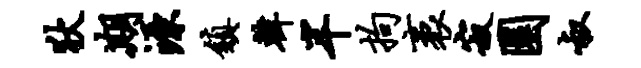
狄期源镇韩半拘袤寂圜叔